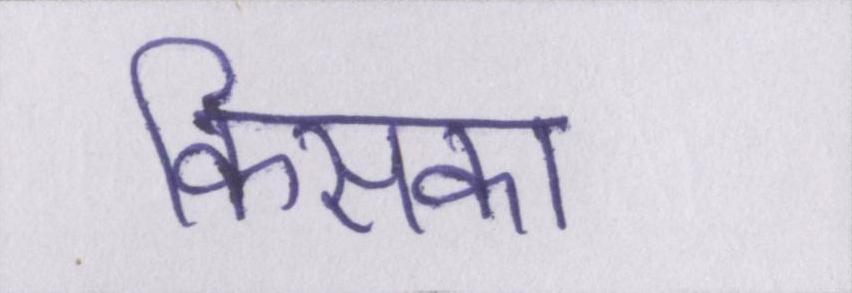
किसका